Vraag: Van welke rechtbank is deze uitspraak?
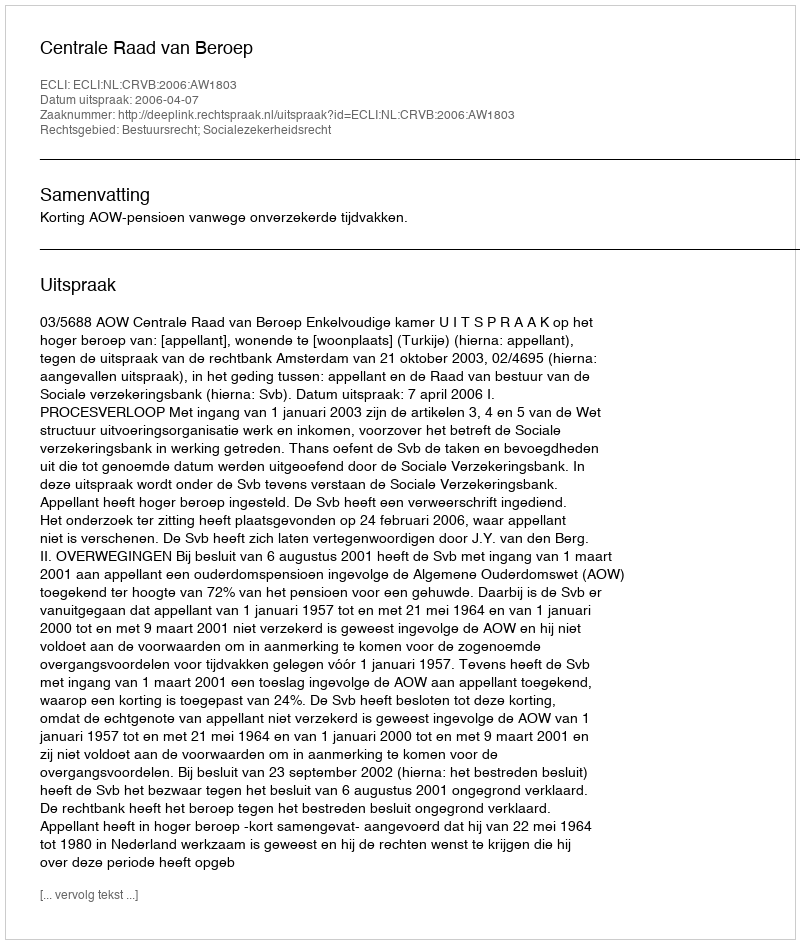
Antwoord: Centrale Raad van Beroep